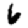
Digit: 6